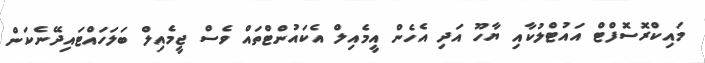
މައިކްރޮސޮފްޓް އައުޓްލުކާއި ޔާހޫ އަދި އެހެން އީމެއިލް އެކައުންޓްތައް ވެސް ޖީމެއިލް ބަލަހައްޓައިދޭނެކަން